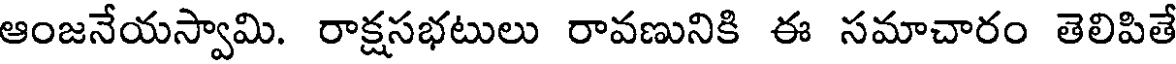
ఆంజనేయస్వామి. రాక్షసభటులు రావణునికి ఈ సమాచారం తెలిపితే